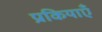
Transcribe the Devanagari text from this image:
प्रकियाएँ